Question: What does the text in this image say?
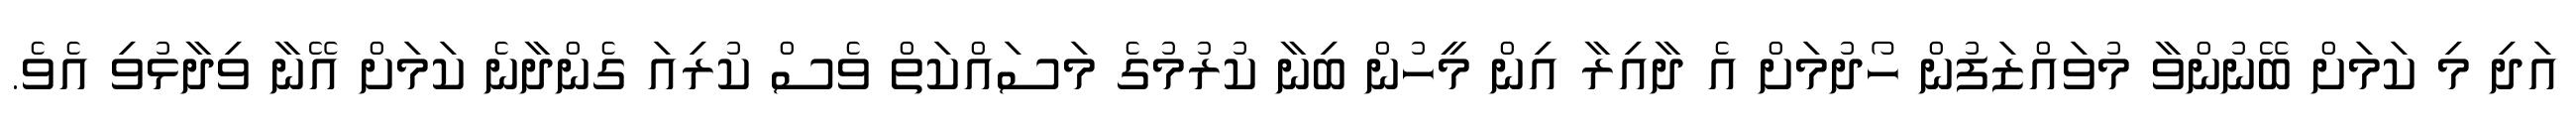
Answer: އަދި މި ކަމަށް ބޭނުންވާ މުވައްޒަފުން ހޯދުމަށް އެ ދާއިރާ އިން މީހުން ބިނާ ކުރުމުގެ މަސައްކަތް ވެސް ކުރިއަ ގެންދާނެ ކަމަށް އޭނާ ވިދާޅުވި އެވެ.